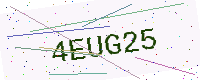
Text: 4EUG25